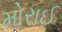
મોરાઈ